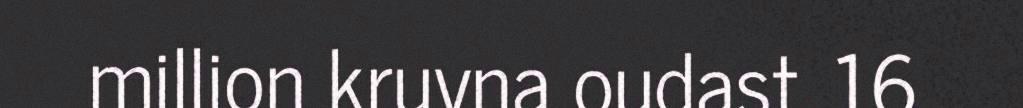
million kruvna oudast. 16.